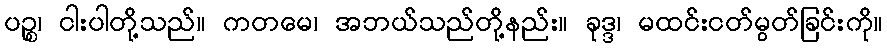
ပဉ္စ၊ ငါးပါတို့သည်။ ကတမေ၊ အဘယ်သည်တို့နည်း။ ခုဒ္ဒ၊ မထင်းငတ်မွတ်ခြင်းကို။